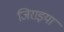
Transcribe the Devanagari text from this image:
जिराइया